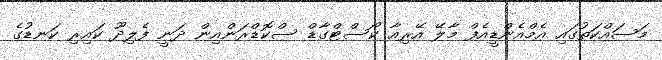
މަސައްކަތުގައި އެމްއެންޑީއެފް މާލޭ އޭރިއާ ކޯސްޓްގާޑް ސްކޮޑްރަންއިން ދަނީ ފެލިދޫ ކައިރި ކަނޑުގެ